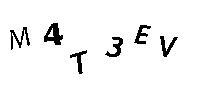
M4T3EV